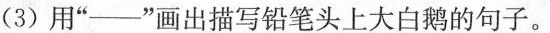
(3)用”--”画出描写铅笔头上大白鹅的句子。